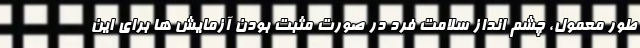
طور معمول، چشم انداز سلامت فرد در صورت مثبت بودن آزمایش ها برای این